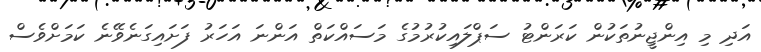
އަދި މި އިންޖީނުތަކުން ކަރަންޓު ސަޕްލައިކުރުމުގެ މަސައްކަތް އަންނަ އަހަރު ފަށައިގަނެވޭނެ ކަމަށްވެސް